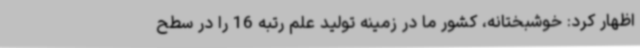
اظهار کرد: خوشبختانه، کشور ما در زمینه تولید علم رتبه 16 را در سطح